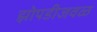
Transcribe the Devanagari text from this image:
झोपडीजवळ